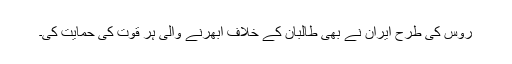
روس کی طرح ایران نے بھی طالبان کے خلاف ابھرنے والی ہر قوت کی حمایت کی۔